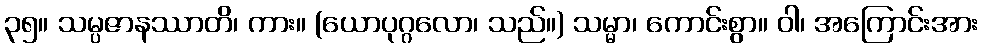
၃၅။ သမ္ပဇာနဿာတိ၊ ကား။ (ယောပုဂ္ဂလော၊ သည်။) သမ္မာ၊ ကောင်းစွာ။ ဝါ၊ အကြောင်းအား